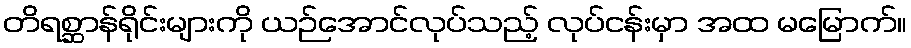
တိရစ္ဆာန်ရိုင်းများကို ယဉ်အောင်လုပ်သည့် လုပ်ငန်းမှာ အထ မမြောက်။